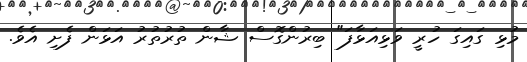
މުޅި ގައިގަ ހުރީ ވަޅިއަޅާފަ" ބިރުންގޮސް ޝާން ތުރުތުރު އަޅަން ފެށި އެވެ.